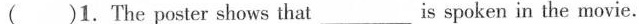
( )1. The poster shows that___is spoken in the movie.